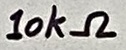
Text: 10kΩ